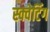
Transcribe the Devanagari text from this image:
स्क्वेटिंग